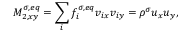
M _ { 2 , x y } ^ { \sigma , e q } = \sum _ { i } f _ { i } ^ { \sigma , e q } v _ { i x } v _ { i y } = \rho ^ { \sigma } u _ { x } u _ { y } ,